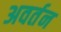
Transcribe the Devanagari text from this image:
अवर्तन